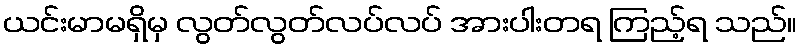
ယင်းမာမရှိမှ လွတ်လွတ်လပ်လပ် အားပါးတရ ကြည့်ရ သည်။